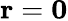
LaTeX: {\mathbf r}={\mathbf 0}